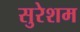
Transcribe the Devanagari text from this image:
सुरेशम